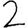
Digit: 2